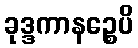
ခုဒ္ဒကာနဉ္စေပိ